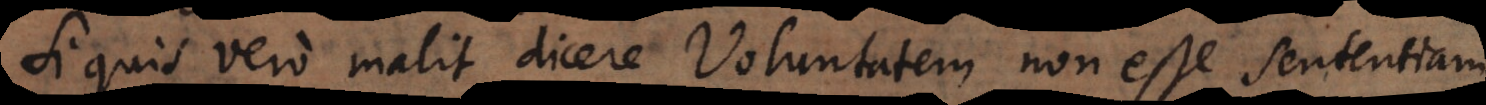
Si quis vero malit dicere Voluntatem non esse sententiam